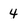
Character: 4